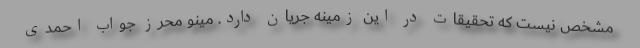
مشخص نیست که تحقیقات در این زمینه جریان دارد. مینو محرز جواب احمدی